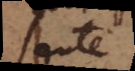
sente.